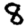
Digit: 8